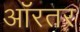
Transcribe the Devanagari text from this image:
ऑरतर